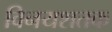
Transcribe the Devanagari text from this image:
विनयशतक